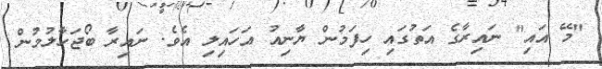
"މޭ އައި" ނައިރާގެ އަތުގައި ހިފަމުން ޔާނިއު އަހައިލި އެވެ. ނައިރާ ބޯޖަހާލުމުން